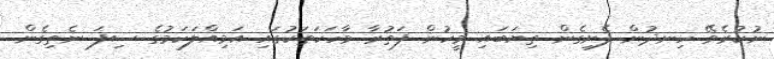
ނުކުރެވޭ ހިނދުން ފެށިގެން ތިޔަބައި މީހުން ފަތުރާ ވާހަކަތަކުގައި އަމިއްލަކަމުގެ ސިފަ ނެތިގެން